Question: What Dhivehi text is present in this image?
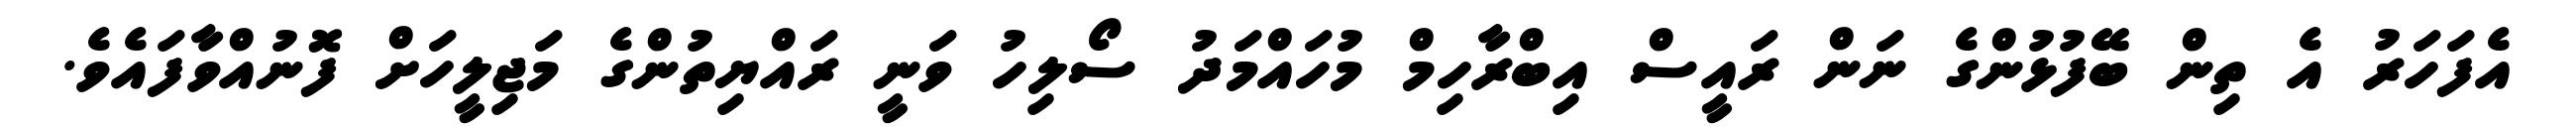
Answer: އެފަހަރު އެ ތިން ބޭފުޅުންގެ ނަން ރައީސް އިބްރާހިމް މުހައްމަދު ސޯލިހު ވަނީ ރައްޔިތުންގެ މަޖިލީހަށް ފޮނުއްވާފައެވެ.